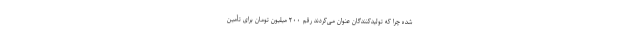
شده چرا که تولیدکنندگان عنوان می‌کردند رقم ۲۰۰ میلیون تومان برای تأمین